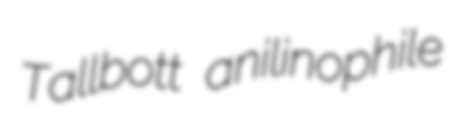
Tallbott anilinophile